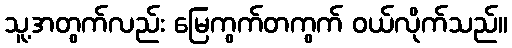
သူ့အတွက်လည်း မြေကွက်တကွက် ဝယ်လိုက်သည်။